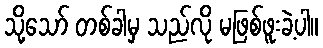
သို့သော် တစ်ခါမှ သည်လို မဖြစ်ဖူးခဲ့ပါ။